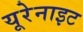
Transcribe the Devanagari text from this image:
यूरेनाइट